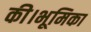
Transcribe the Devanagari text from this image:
की।भूमिका